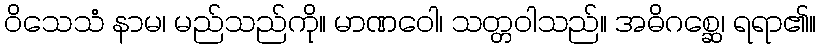
ဝိသေသံ နာမ၊ မည်သည်ကို။ မာဏဝေါ၊ သတ္တဝါသည်။ အဓိဂစ္ဆေ၊ ရရာ၏။